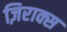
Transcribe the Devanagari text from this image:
ज़िराक्स